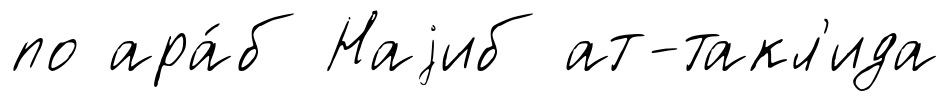
по ара́б Наjиб ат-такл'ида